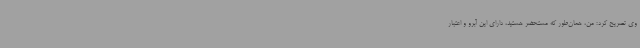
وی تصریح کرد: من، همان‌طور که مستحضر هستید، دارای این آبرو و اعتبار